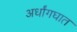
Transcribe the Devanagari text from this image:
अर्धांगघात